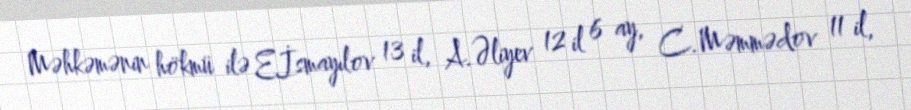
Məhkəmənin hökmü ilə E.İsmayılov 13 il, A.Əliyev 12 il 6 ay, C.Məmmədov 11 il,